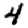
Digit: 4